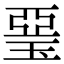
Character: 琧